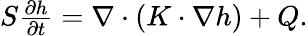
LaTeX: \begin{array}{r}{S\frac{\partial h}{\partial t}=\nabla\cdot(K\cdot\nabla h)+Q.}\end{array}